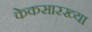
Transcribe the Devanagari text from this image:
केकसारख्या